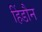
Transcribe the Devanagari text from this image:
हिंडौन